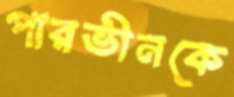
পারভীনকে